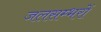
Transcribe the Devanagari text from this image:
जलसम्भरों